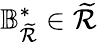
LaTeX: \mathbb{B}_{\mathcal{\widetilde{R}}}^{\ast}\in\mathcal{\widetilde{R}}